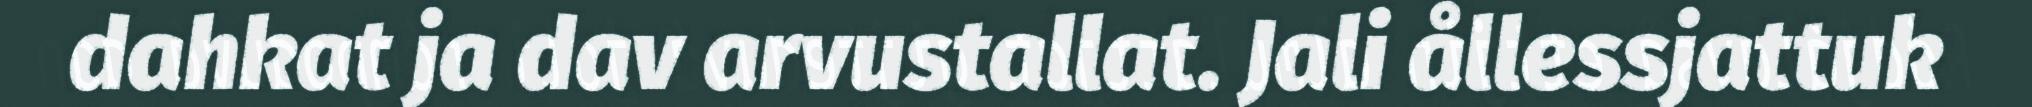
dahkat ja dav arvustallat. Jali ållessjattuk